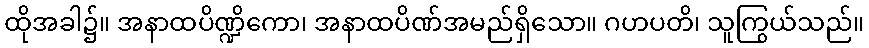
ထိုအခါ၌။ အနာထပိဏ္ဍိကော၊ အနာထပိဏ်အမည်ရှိသော။ ဂဟပတိ၊ သူကြွယ်သည်။